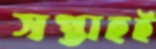
সপ্তাহই